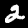
Digit: 2